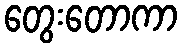
တွေးတောကာ